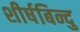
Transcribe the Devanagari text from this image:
शीर्षबिन्दु